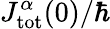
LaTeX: J_{\mathrm{tot}}^{\alpha}(0)/\hbar